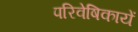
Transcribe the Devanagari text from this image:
परिवेषिकायें